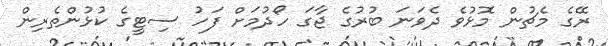
ރޭގެ މެޗުން މޮޅުވެ ދެވަނަ ބުރުގެ ޖާގަ ހޯދުމަށް ފަހު ސިޓީގެ ކުޅުންތެރިން